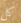
كل